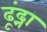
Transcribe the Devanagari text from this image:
ढूंढ्ना